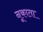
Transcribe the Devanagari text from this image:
नूकाता